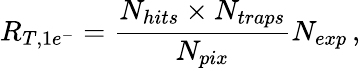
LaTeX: R_{T,1e^{-}}=\frac{N_{hits}\times N_{traps}}{N_{pix}}N_{exp}\, ,